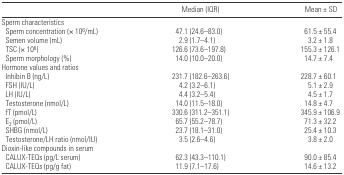
|  | Median (IQR) | Mean ± SD |
 | --- | --- | --- |
 | <COLSPAN=3> Sperm characteristics |
 | Sperm concentration (× 106/mL) | 47.1 (24.6–83.0) | 61.5 ± 55.4 |
 | Semen volume (mL) | 2.9 (1.7–4.1) | 3.2 ± 1.8 |
 | TSC (× 106) | 126.6 (73.6–197.8) | 155.3 ± 126.1 |
 | Sperm morphology (%) | 14.0 (10.0–20.0) | 14.7 ± 7.4 |
 | <COLSPAN=3> Hormone values and ratios |
 | Inhibin B (ng/L) | 231.7 (182.6–263.6) | 228.7 ± 60.1 |
 | FSH (IU/L) | 4.2 (3.2–6.1) | 5.1 ± 2.9 |
 | LH (IU/L) | 4.4 (3.2–5.4) | 4.5 ± 1.7 |
 | Testosterone (nmol/L) | 14.0 (11.5–18.0) | 14.8 ± 4.7 |
 | fT (pmol/L) | 330.6 (311.2–351.1) | 345.9 ± 106.9 |
 | E2 (pmol/L) | 65.7 (55.2–78.7) | 71.3 ± 32.2 |
 | SHBG (nmol/L) | 23.7 (18.1–31.0) | 25.4 ± 10.3 |
 | Testosterone/LH ratio (nmol/IU) | 3.5 (2.6–4.6) | 3.8 ± 2.0 |
 | <COLSPAN=3> Dioxin-like compounds in serum |
 | CALUX-TEQs (pg/L serum) | 62.3 (43.3–110.1) | 90.0 ± 85.4 |
 | CALUX-TEQs (pg/g fat) | 11.9 (7.1–17.6) | 14.6 ± 13.2 |